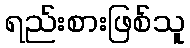
ရည်းစားဖြစ်သူ